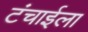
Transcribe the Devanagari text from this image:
टंचाईला